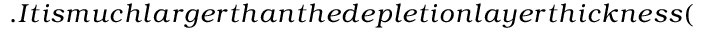
. I t i s m u c h l a r g e r t h a n t h e d e p l e t i o n l a y e r t h i c k n e s s (